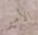
الأمر